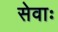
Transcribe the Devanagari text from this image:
सेवाः